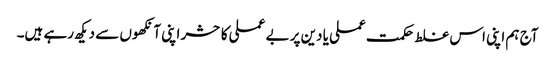
آج ہم اپنی اس غلط حکمت عملی یا دین پر بے عملی کا حشر اپنی آنکھوں سے دیکھ رہے ہیں۔